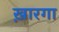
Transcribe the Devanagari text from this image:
ख़ारगा